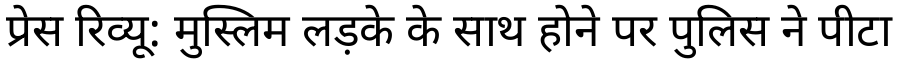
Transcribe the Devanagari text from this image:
प्रेस रिव्यू: मुस्लिम लड़के के साथ होने पर पुलिस ने पीटा